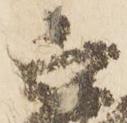
正